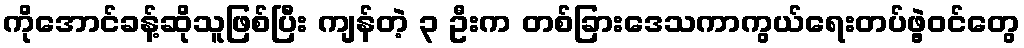
ကိုအောင်ခန့်ဆိုသူဖြစ်ပြီး ကျန်တဲ့ ၃ ဦးက တစ်ခြားဒေသကာကွယ်ရေးတပ်ဖွဲ့ဝင်တွေ